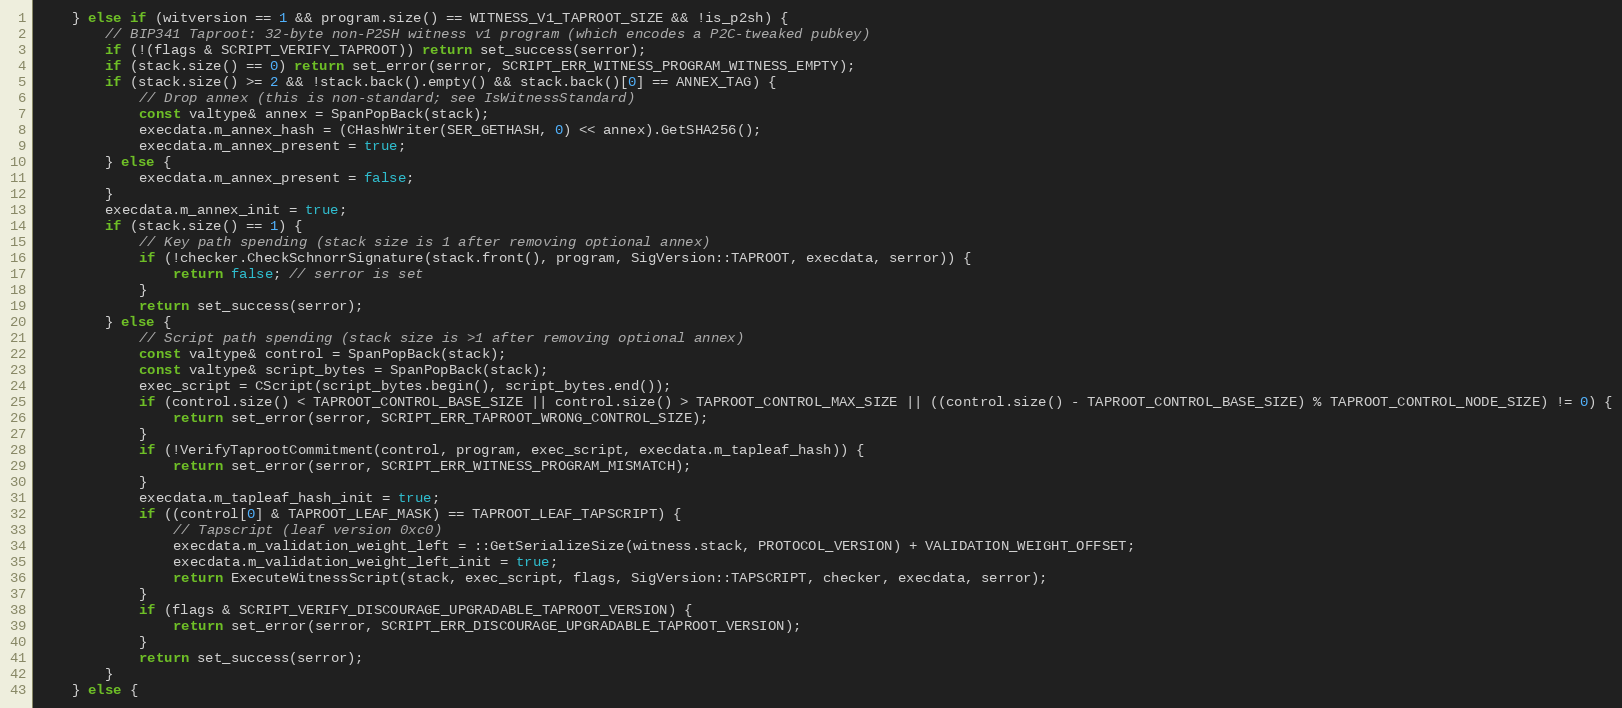
Language: C++
    } else if (witversion == 1 && program.size() == WITNESS_V1_TAPROOT_SIZE && !is_p2sh) {
        // BIP341 Taproot: 32-byte non-P2SH witness v1 program (which encodes a P2C-tweaked pubkey)
        if (!(flags & SCRIPT_VERIFY_TAPROOT)) return set_success(serror);
        if (stack.size() == 0) return set_error(serror, SCRIPT_ERR_WITNESS_PROGRAM_WITNESS_EMPTY);
        if (stack.size() >= 2 && !stack.back().empty() && stack.back()[0] == ANNEX_TAG) {
            // Drop annex (this is non-standard; see IsWitnessStandard)
            const valtype& annex = SpanPopBack(stack);
            execdata.m_annex_hash = (CHashWriter(SER_GETHASH, 0) << annex).GetSHA256();
            execdata.m_annex_present = true;
        } else {
            execdata.m_annex_present = false;
        }
        execdata.m_annex_init = true;
        if (stack.size() == 1) {
            // Key path spending (stack size is 1 after removing optional annex)
            if (!checker.CheckSchnorrSignature(stack.front(), program, SigVersion::TAPROOT, execdata, serror)) {
                return false; // serror is set
            }
            return set_success(serror);
        } else {
            // Script path spending (stack size is >1 after removing optional annex)
            const valtype& control = SpanPopBack(stack);
            const valtype& script_bytes = SpanPopBack(stack);
            exec_script = CScript(script_bytes.begin(), script_bytes.end());
            if (control.size() < TAPROOT_CONTROL_BASE_SIZE || control.size() > TAPROOT_CONTROL_MAX_SIZE || ((control.size() - TAPROOT_CONTROL_BASE_SIZE) % TAPROOT_CONTROL_NODE_SIZE) != 0) {
                return set_error(serror, SCRIPT_ERR_TAPROOT_WRONG_CONTROL_SIZE);
            }
            if (!VerifyTaprootCommitment(control, program, exec_script, execdata.m_tapleaf_hash)) {
                return set_error(serror, SCRIPT_ERR_WITNESS_PROGRAM_MISMATCH);
            }
            execdata.m_tapleaf_hash_init = true;
            if ((control[0] & TAPROOT_LEAF_MASK) == TAPROOT_LEAF_TAPSCRIPT) {
                // Tapscript (leaf version 0xc0)
                execdata.m_validation_weight_left = ::GetSerializeSize(witness.stack, PROTOCOL_VERSION) + VALIDATION_WEIGHT_OFFSET;
                execdata.m_validation_weight_left_init = true;
                return ExecuteWitnessScript(stack, exec_script, flags, SigVersion::TAPSCRIPT, checker, execdata, serror);
            }
            if (flags & SCRIPT_VERIFY_DISCOURAGE_UPGRADABLE_TAPROOT_VERSION) {
                return set_error(serror, SCRIPT_ERR_DISCOURAGE_UPGRADABLE_TAPROOT_VERSION);
            }
            return set_success(serror);
        }
    } else {